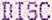
DISC